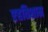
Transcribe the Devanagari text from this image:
एहतिशाम